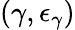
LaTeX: (\gamma,\epsilon_{\gamma})